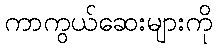
ကာကွယ်ဆေးများကို